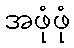
အဖုံဖုံ